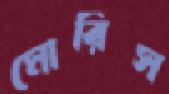
মোরিস